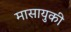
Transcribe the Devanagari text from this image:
मासायुकी